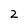
Character: 2